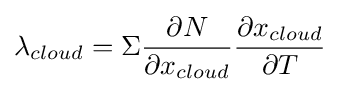
\lambda _{cloud}=\Sigma {\frac {\partial N}{\partial x_{cloud}}}{\frac {\partial x_{cloud}}{\partial T}}